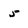
Character: 5